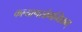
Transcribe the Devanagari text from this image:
कल्याणसौगन्धिकम्